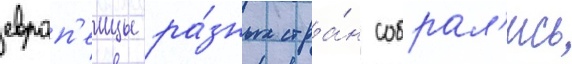
европ'еицы ра́зных стра́н собрал'ись